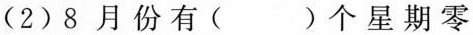
(2) 8 月份有( )个星期零